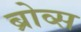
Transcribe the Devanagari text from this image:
ब्रोव्स